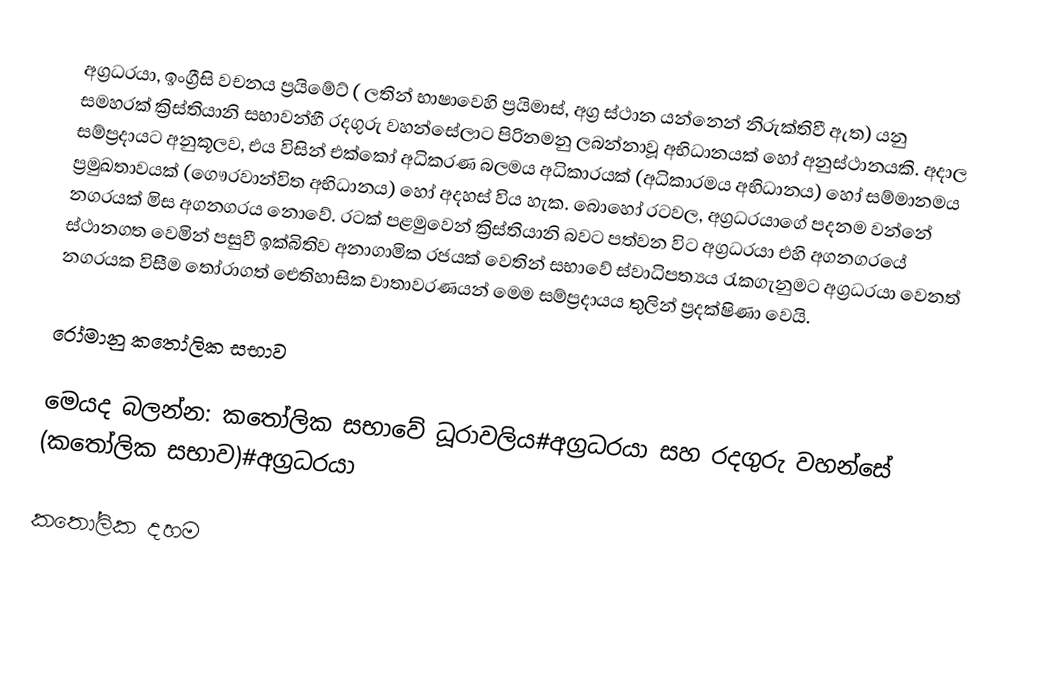
අග්‍රධරයා, ඉංග්‍රීසි වචනය ප්‍රයිමේට් ( ලතින් භාෂාවෙහි ප්‍රයිමාස්, අග්‍ර ස්ථාන යන්නෙන් නිරුක්තිවී ඇත) යනු  සමහරක් ක්‍රිස්තියානි සභාවන්හී  රදගුරු වහන්සේලාට පිරිනමනු ලබන්නාවූ අභිධානයක් හෝ අනුස්ථානයකි.  අදාල සම්ප්‍රදායට අනුකූලව, එය විසින් එක්කෝ අධිකරණ බලමය අධිකාරයක්  (අධිකාරමය අභිධානය) හෝ  සම්මානමය  ප්‍රමුඛතාවයක් (ගෞරවාන්විත අභිධානය) හෝ අදහස් විය හැක. බොහෝ රටවල, අග්‍රධරයාගේ පදනම වන්නේ නගරයක් මිස අගනගරය නොවේ. රටක් පළමුවෙන් ක්‍රිස්තියානි බවට පත්වන  විට අග්‍රධරයා එහි අගනගරයේ ස්ථානගත වෙමින් පසුවී ඉක්බිතිව අනාගාමික රජයක් වෙතින් සභාවේ ස්වාධිපත්‍යය රැකගැනුමට අග්‍රධරයා වෙනත් නගරයක විසීම තෝරාගත් ඓතිහාසික වාතාවරණයන් මෙම සම්ප්‍රදායය තුලින් ප්‍රදක්ෂිණා වෙයි.

රෝමානු කතෝලික සභාව

මෙයද බලන්න: කතෝලික සභාවේ ධූරාවලිය#අග්‍රධරයා  සහ රදගුරු වහන්සේ (කතෝලික සභාව)#අග්‍රධරයා

කතෝලික දහම